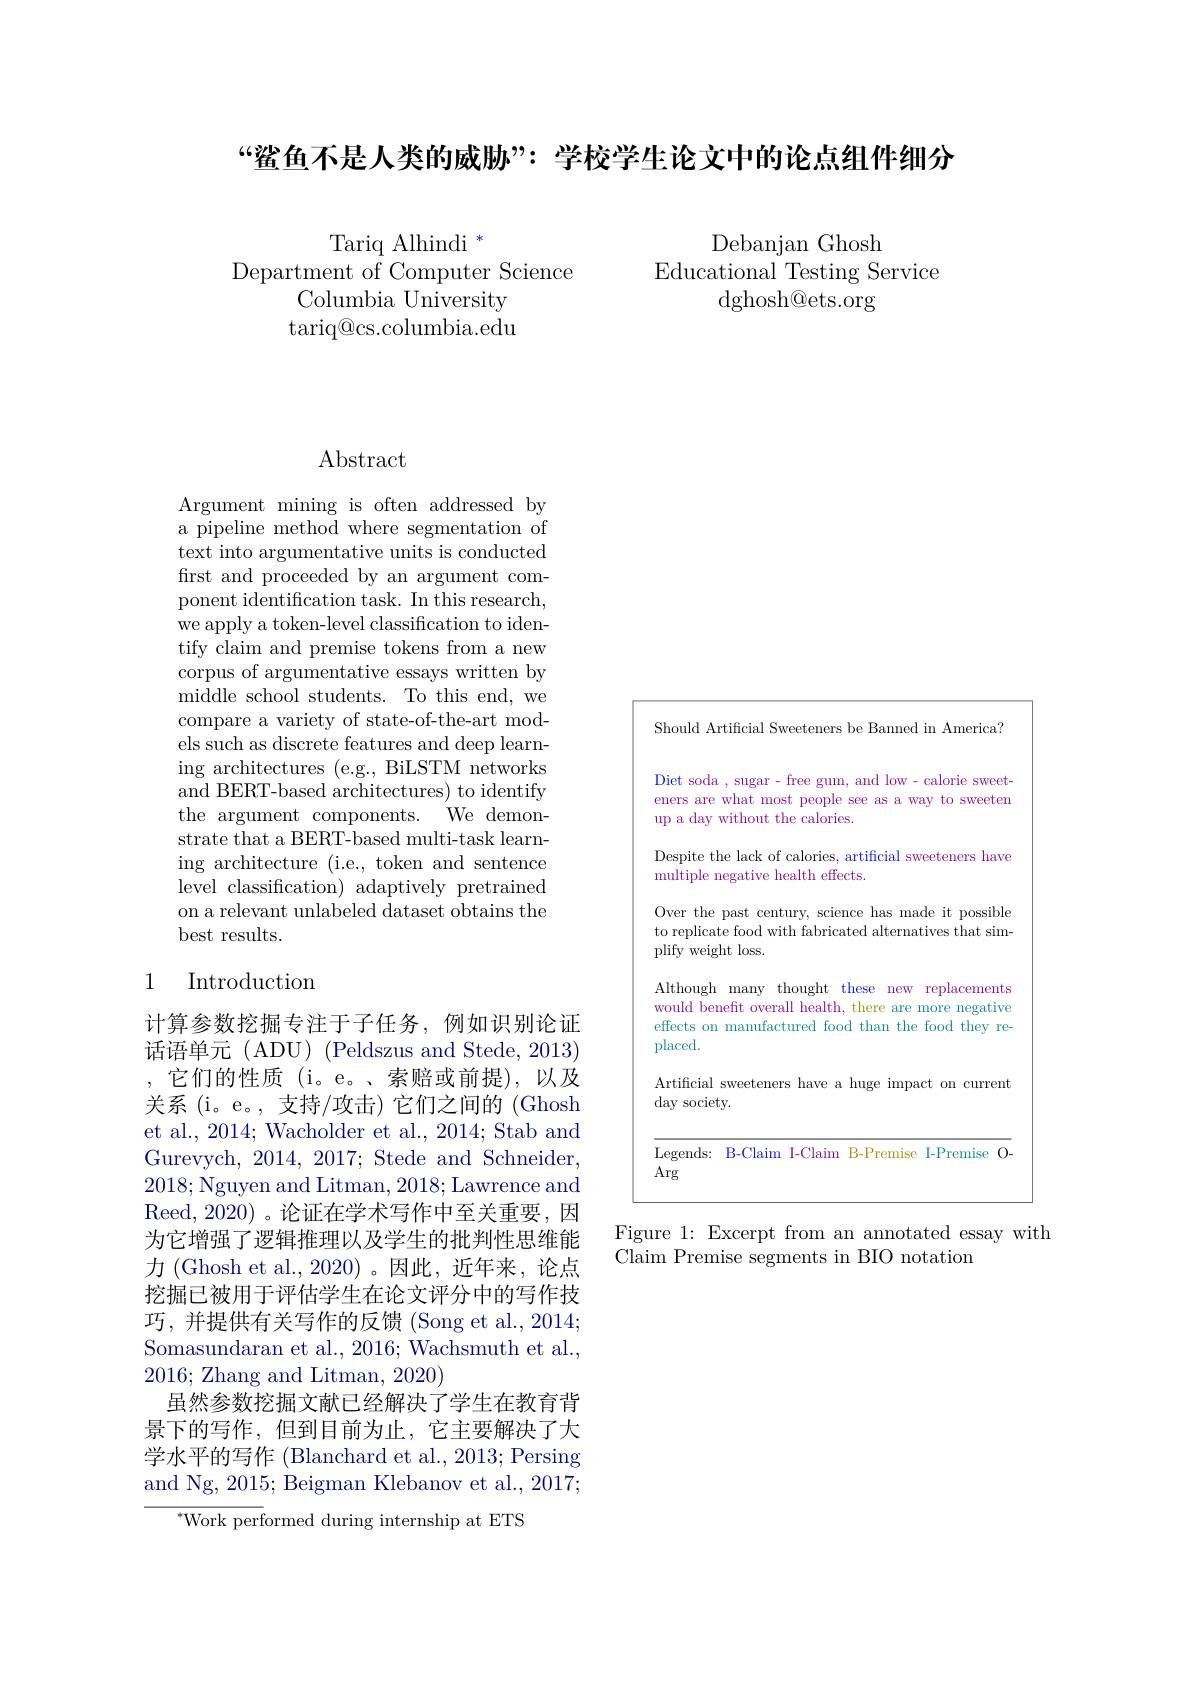
“鲨鱼不是人类的威胁”: 学校学生论文中的论点组件细分

Tariq Alhindi $^*$
Department of Computer Science
Columbia University $\operatorname{tariq@cs.columbia.edu}$

Debanjan Ghosh
Educational Testing Service
dghosh@ets.org

# Abstract

Argument mining is often addressed by a pipeline method where segmentation of text into argumentative units is conducted first and proceeded by an argument component identification task. In this research, we apply a token-level classification to identify claim and premise tokens from a new corpus of argumentative essays written by middle school students. To this end, we compare a variety of state-of-the-art models such as discrete features and deep learning architectures (e.g., BiLSTM networks and BERT-based architectures) to identify the argument components. We demonstrate that a BERT-based multi-task learning architecture (i.e., token and sentence level classification) adaptively pretrained on a relevant unlabeled dataset obtains the best results.

## 1 Introduction

计算参数挖掘专注于子任务，例如识别论证话语单元(ADU)(Peldszus and Stede, 2013) ,它们的性质(i。e。、索赔或前提),以及关系(i。e。,支持/攻击)它们之间的(Ghosh et al., 2014; Wacholder et al., 2014; Stab and Gurevych, 2014,2017; Stede and Schneider, 2018;Nguyen and Litman, 2018; Lawrence and Reed, 2020) 。论证在学术写作中至关重要，因为它增强了逻辑推理以及学生的批判性思维能力 (Ghosh et al.,2020) 。因此，近年来，论点挖掘已被用于评估学生在论文评分中的写作技巧，并提供有关写作的反馈(Song et al., 2014; Somasundaran et al., 2016; Wachsmuth et al., 2016; Zhang and Litman, 2020)
虽然参数挖掘文献已经解决了学生在教育背景下的写作，但到目前为止，它主要解决了大学水平的写作 (Blanchard et al., 2013; Persing and Ng, 2015; Beigman Klebanov et al., 2017;
${^*}$Work performed during internship at ETS

Should Artificial Sweeteners be Banned in America? Diet soda , sugar - free gum, and low - calorie sweeteners are what most people see as a way to sweeten up a day without the calories.
Despite the lack of calories, artificial sweeteners have
multiple negative health effects.
Over the past century, science has made it possible to replicate food with fabricated alternatives that simplify weight loss.
Although many thought these new replacements would benefit overall health, there are more negative effects on manufactured food than the food they replaced.
Artificial sweeteners have a huge impact on current
day society.
Legends: B-Claim I-Claim B-Premise I-Premise O-
Arg

Figure 1: Excerpt from an annotated essay with
Claim Premise segments in BIO notation